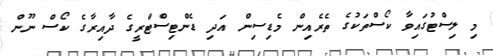
މި ލިސްޓުގައިވާ ކޯސްތަކުގެ ތެރެއިން މެޑިސިން އަދި ޑެންޓިސްޓްރީގެ ދާއިރާގެ ކޯސް ނޫން